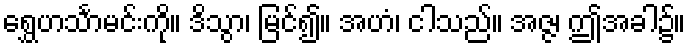
ရွှေဟင်္သာမင်းကို။ ဒိသွာ၊ မြင်၍။ အဟံ၊ ငါသည်။ အဇ္ဇ၊ ဤအခါ၌။